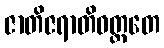
ဇာတိဇရာတိဝတ္တတေ